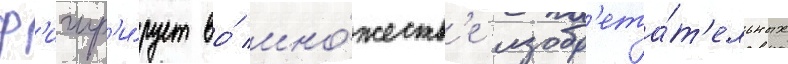
ф'игур'и́рует во́ мно́жеств'е изобр'ета́т'ельных